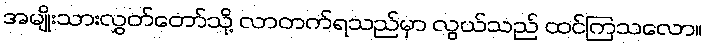
အမျိုးသားလွှတ်တော်သို့ လာတက်ရသည်မှာ လွယ်သည် ထင်ကြသလော။